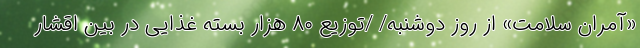
«آمران سلامت» از روز دوشنبه/ /توزیع ۸۰ هزار بسته غذایی در بین اقشار